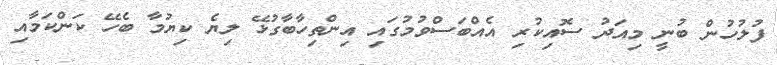
ފުލުހުން ބުނީ މިއަދު ސޮއިކުރި އެއްބަސްވުމުގައި އިންތިހާބާގުޅޭ ލިޔެ ކިޔުމާ ބެހޭ ކަންކަމާއި